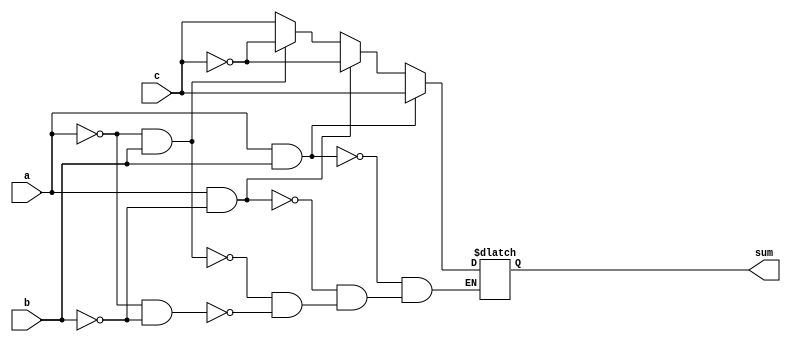
`timescale 1ns / 1ps
module sum(input a,b,c,output reg sum);
always@(a,b,c)
begin
if(a==0 && b==0)
sum=c;
if(a==0 && b==1)
sum=(~c);
if(a==1 && b==0)
sum=(~c);
if(a==1 && b==1)
sum=c;
end
endmodule
module cy(input a,b,c,output reg cy);
always@(a,b,c)
begin
if(a==0 && b==0)
cy=0;
if(a==0 && b==1)
cy=c;
if(a==1 && b==0)
cy=c;
if(a==1 && b==1)
cy=1;
end
endmodule
module famux(input a,b,c,output  sum,cy);
sum u1(a,b,c,sum);
cy u2(a,b,c,cy);
endmodule